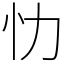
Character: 忇